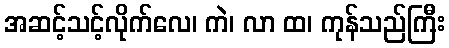
အဆင့်သင့်လိုက်လေ၊ ကဲ၊ လာ ထ၊ ကုန်သည်ကြီး